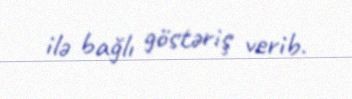
ilə bağlı göstəriş verib.